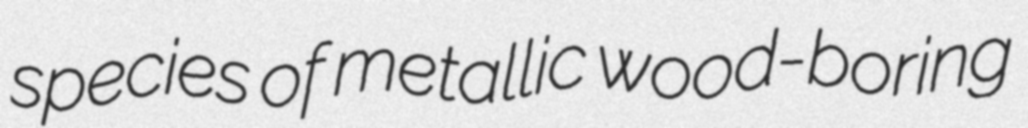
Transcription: species of metallic wood-boring